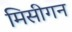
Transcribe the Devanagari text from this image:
मिसीगन